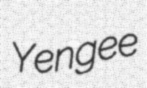
Yengee